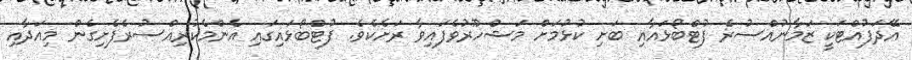
އޭދަފުއްޓަކީ ޒަމާނުއްސުރެ ފުޓްބޯޅައާއި ބަށި ކުޅުމަށް މަޝްހޫރުވެފައިވާ ރަށެކެވެ. ފުޓްބޯޅައިގައި އެންމެކުރިއްސުރެފެށިގެން މިއަދާއި